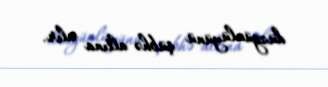
düzgünlüyünü şübhə altına alır.